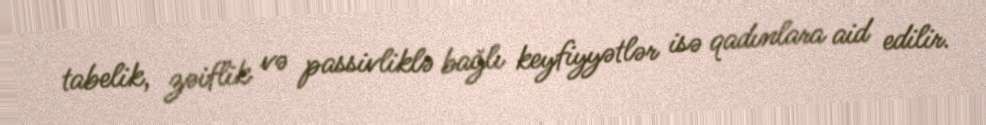
tabelik, zəiflik və passivliklə bağlı keyfiyyətlər isə qadınlara aid edilir.